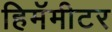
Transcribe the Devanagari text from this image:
हिमॅमीटर